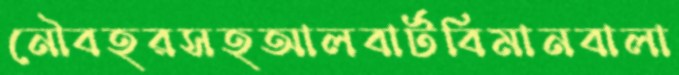
নৌবহরসহআলবার্টবিমানবালা